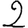
Digit: 2